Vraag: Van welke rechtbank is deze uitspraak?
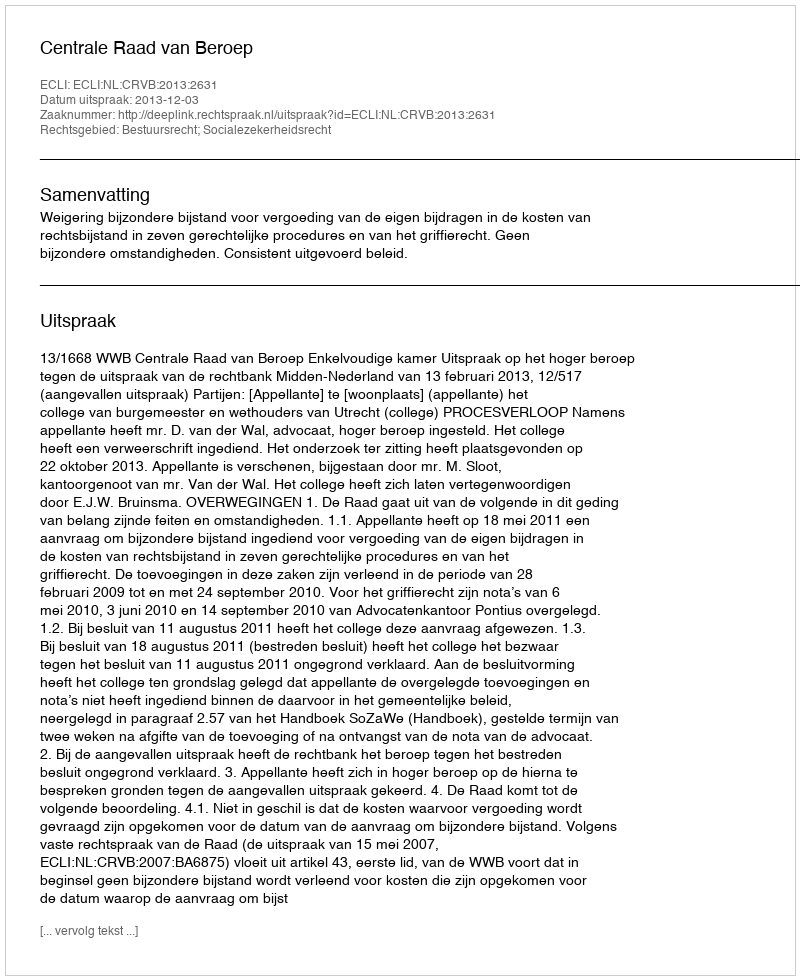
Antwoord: Centrale Raad van Beroep